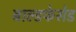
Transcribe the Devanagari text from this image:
बाल्डफेसेड